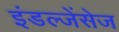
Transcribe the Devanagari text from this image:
इंडल्जेंसेज